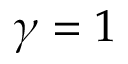
\gamma = 1